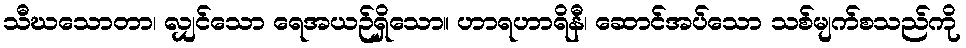
သီဃသောတာ၊ လျှင်သော ရေအယဉ်ရှိသော။ ဟာရဟာရိနီ၊ ဆောင်အပ်သော သစ်မျက်စသည်ကို